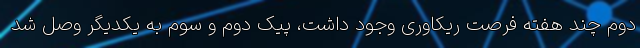
دوم چند هفته فرصت ریکاوری وجود داشت، پیک دوم و سوم به یکدیگر وصل شد